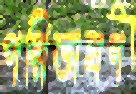
পরিভাষণ